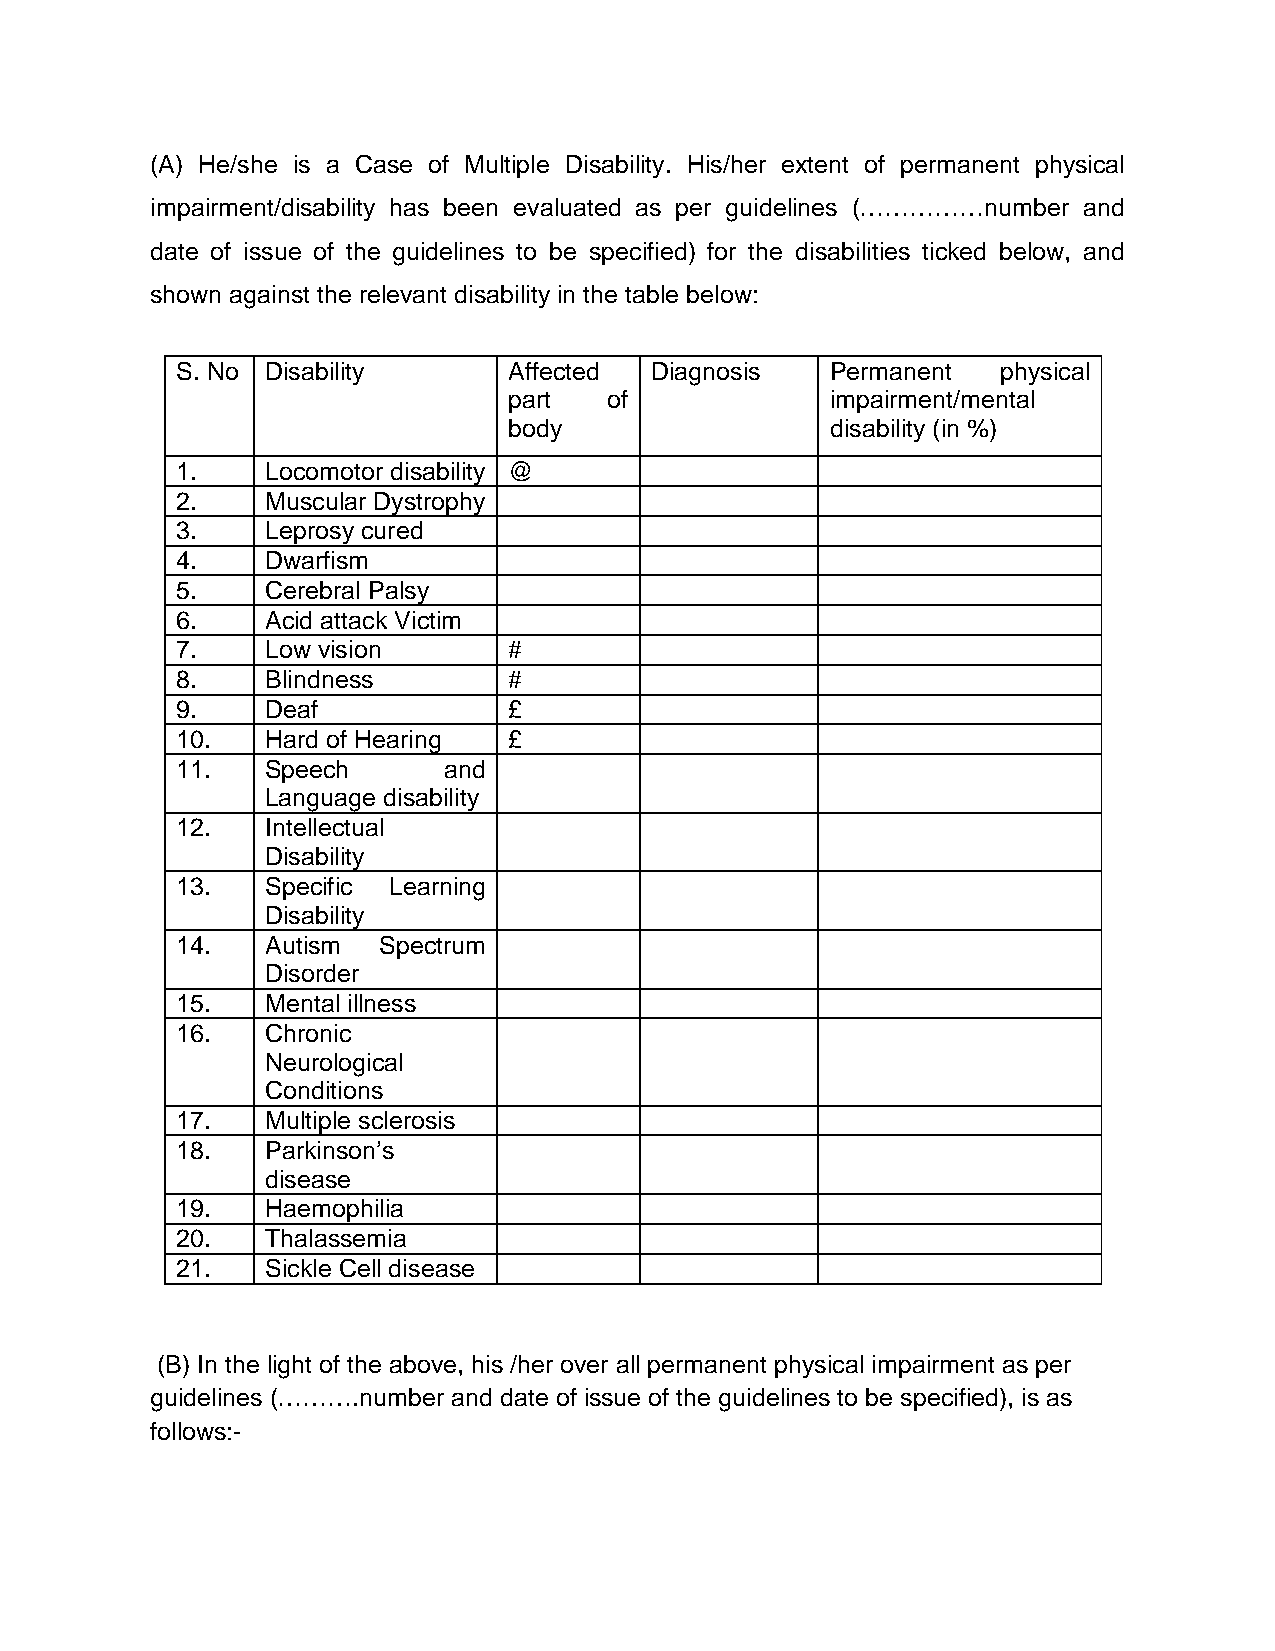
(A) He/she is a Case of Multiple Disability. His/her extent of permanent physical
 impairment/disability has been evaluated as per guidelines (……………number and
 date of issue of the guidelines to be specified) for the disabilities ticked below, and
 shown against the relevant disability in the table below:
 S. No Disability      Affected Diagnosis   Permanent  physical
 part  of             impairment/mental
 body                 disability (in %)
 1.    Locomotor disability @
 2.    Muscular Dystrophy
 3.    Leprosy cured
 4.    Dwarfism
 5.    Cerebral Palsy
 6.    Acid attack Victim
 7.    Low vision      #
 8.    Blindness       #
 9.    Deaf            £
 10.   Hard of Hearing £
 11.   Speech     and
 Language disability
 12.   Intellectual
 Disability
 13.   Specific Learning
 Disability
 14.   Autism Spectrum
 Disorder
 15.   Mental illness
 16.   Chronic
 Neurological
 Conditions
 17.   Multiple sclerosis
 18.   Parkinson’s
 disease
 19.   Haemophilia
 20.   Thalassemia
 21.   Sickle Cell disease
 (B) In the light of the above, his /her over all permanent physical impairment as per
 guidelines (……….number and date of issue of the guidelines to be specified), is as
 follows:-